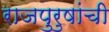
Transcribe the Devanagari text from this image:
राजपुरुषांची